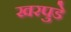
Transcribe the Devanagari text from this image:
खरपुडे